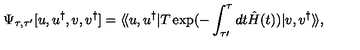
\Psi _ { \tau , \tau ^ { \prime } } [ u , u ^ { \dagger } , { v } , { v } ^ { \dagger } ] = \langle \! \langle u , u ^ { \dagger } | T \exp ( - \int _ { \tau \prime } ^ { \tau } d t \hat { H } ( t ) ) | { v } , { v } ^ { \dagger } \rangle \! \rangle ,